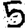
Digit: 5